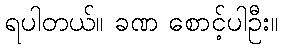
ရပါတယ်။ ခဏ စောင့်ပါဦး။